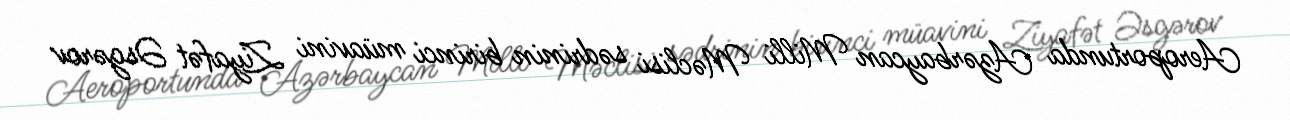
Aeroportunda Azərbaycan Milli Məclisi sədrinin birinci müavini Ziyafət Əsgərov